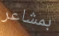
بمشاعر